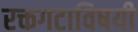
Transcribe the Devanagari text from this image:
रक्तगटाविषयी